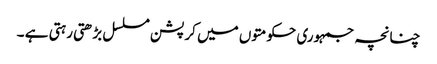
چنانچہ جمہوری حکومتوں میں کرپشن مسلسل بڑھتی رہتی ہے ۔